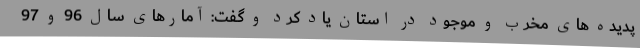
پدیده های مخرب و موجود در استان یاد کرد و گفت: آمارهای سال 96 و 97